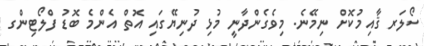
ސޯލަރ ޤާއިމުކޮށް ނިމޭނެ. މިވެގެންދާނީ މުޅި ދުނިޔޭގައި އޮތް އެންމެ ބޮޑު ފްލޯޓިންގ